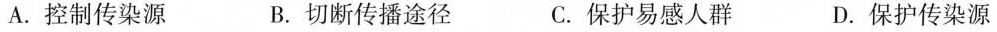
A.控制传染源 B.切断传播途径 C.保护易感人群 D.保护传染源